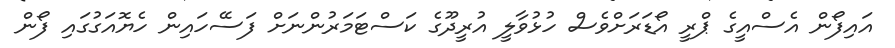
އައިފޯން އެސްއީގެ ޕްރީ އޯޑަރަށްވެސް ހުޅުވާލީ އުރީދޫގެ ކަސްޓަމަރުންނަށް ފަސޭހައިން ހެޔޮއަގުގައި ފޯން